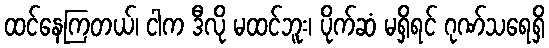
ထင်နေကြတယ်၊ ငါက ဒီလို မထင်ဘူး၊ ပိုက်ဆံ မရှိရင် ဂုဏ်သရေရှိ